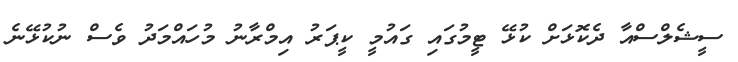
ސީޝެލްސްއާ ދެކޮޅަށް ކުޅޭ ޓީމުގައި ގައުމީ ކީޕަރު އިމްރާނު މުހައްމަދު ވެސް ނުކުޅޭނެ